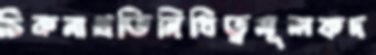
চিকনাপ্রতিনিধিত্বমূলকদ